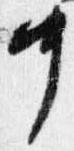
中